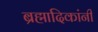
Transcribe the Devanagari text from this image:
ब्रह्मादिकांनी